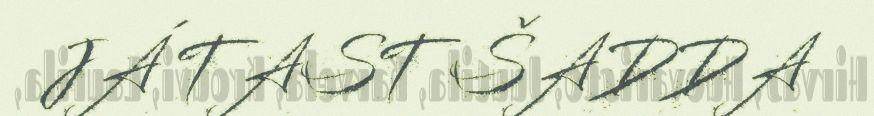
JÁ TAST ŠADDA